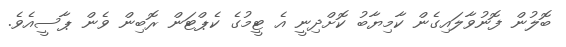
ބޮލުން ފޮނުވާލައިގެން ކާމިޔާބު ކޮށްދިނީ އެ ޓީމުގެ ކެޕްޓަން ރޮބިން ވެން ޕާސީއެވެ.